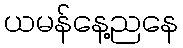
ယမန်နေ့ညနေ